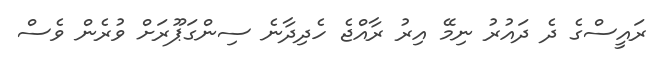
ރައީސްގެ ދެ ދައުރު ނިމޭ އިރު ރާއްޖެ ހެދިދާނެ ސިންގަޕޫރަށް ވުރެން ވެސް